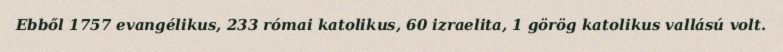
Ebből 1757 evangélikus, 233 római katolikus, 60 izraelita, 1 görög katolikus vallású volt.